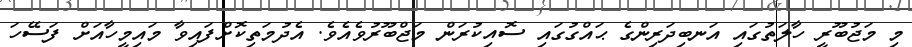
މި މަޖުބޫރީ ހާލަތުގައި އަނބިދަރިންގެ ޙައްގުގައި ސޮއިކުރަން މަޖްބޫރުވެއެވެ. އެދުމަތިކޮށްފައިވާ މައިމީހާއަށް ފަސޭހަ